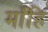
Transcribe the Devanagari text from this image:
माँहि